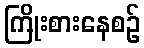
ကြိုးစားနေစဉ်